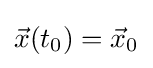
{\vec {x}}(t_{0})={\vec {x}}_{0}